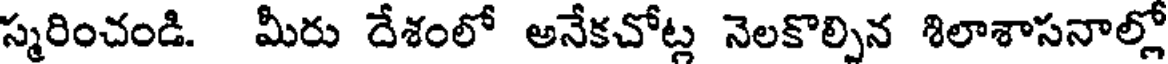
స్మరించండి. మీరు దేశంలో అనేకచోట్ల నెలకొల్పిన శిలాశాసనాల్లో